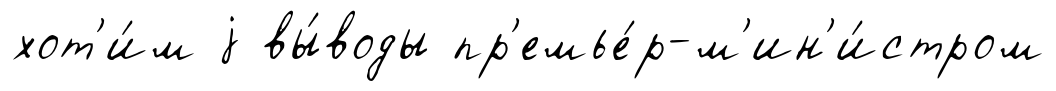
хот'и́м j вы́воды пр'емье́р-м'ин'и́стром